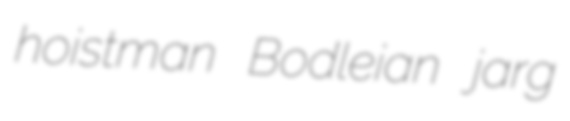
hoistman Bodleian jarg